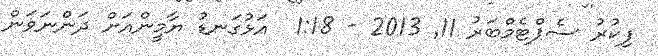
ފިކުރު ސެޕްޓެމްބަރު 11